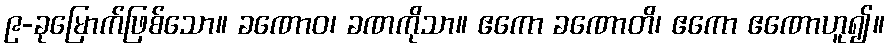
၉-ခုမြောက်ဖြစ်သော။ ခဏောဝ၊ ခဏကိုသာ။ ဧကော ခဏောတိ၊ ဧကော ဧဏောဟူ၍။